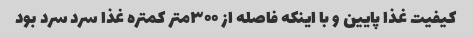
کیفیت غذا پایین و با اینکه فاصله از ۳۰۰متر کمتره غذا سرد سرد بود